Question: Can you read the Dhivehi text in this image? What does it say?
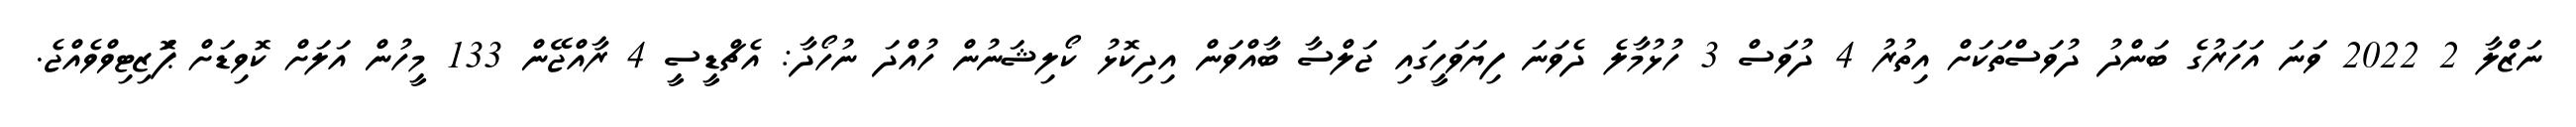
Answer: ނަޒްލާ 2 2022 ވަނަ އަހަރުގެ ބަންދު ދުވަސްތަކަށް އިތުރު 4 ދުވަސް 3 ހުޅުމާލެ ދެވަނަ ފިޔަވަހީގައި ޖަލްސާ ބާއްވަން އިދިކޮޅު ކޯލިޝަނުން ހުއްދަ ނުހޯދާ: އެޗްޑީސީ 4 ރާއްޖޭން 133 މީހުން އަލަށް ކޮވިޑަށް ޕަޮޒިޓިވްވެއްޖެ.